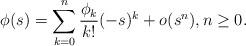
LaTeX: \begin{align*}\phi(s)=\sum_{k=0}^{n}\frac{\phi_k}{k!}(-s)^k + o(s^n),n\ge 0.\end{align*}